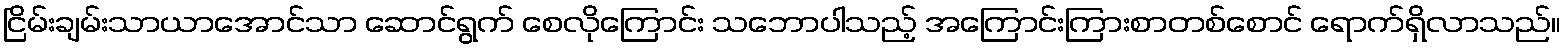
ငြိမ်းချမ်းသာယာအောင်သာ ဆောင်ရွက် စေလိုကြောင်း သဘောပါသည့် အကြောင်းကြားစာတစ်စောင် ရောက်ရှိလာသည်။